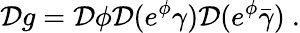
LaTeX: {\cal D}g={\cal D}\phi{\cal D}(e^{\phi}\gamma){\cal D}(e^{\phi}\bar{\gamma})~.